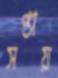
সপ্তায়